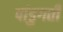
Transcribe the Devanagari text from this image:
पांडुगती